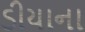
ડીયાના